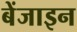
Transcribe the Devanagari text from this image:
बेंजाइन